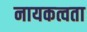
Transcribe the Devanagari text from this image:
नायकत्वता